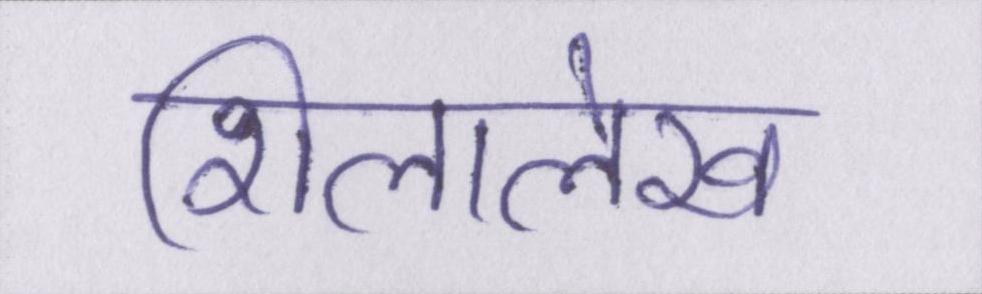
शिलालेख